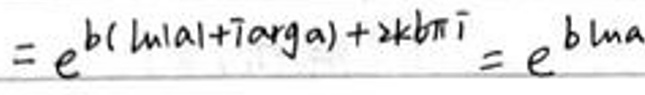
$=e^{b(\ln |a|+i\arg a)+2kb\pi i}=e^{b\ln a}$